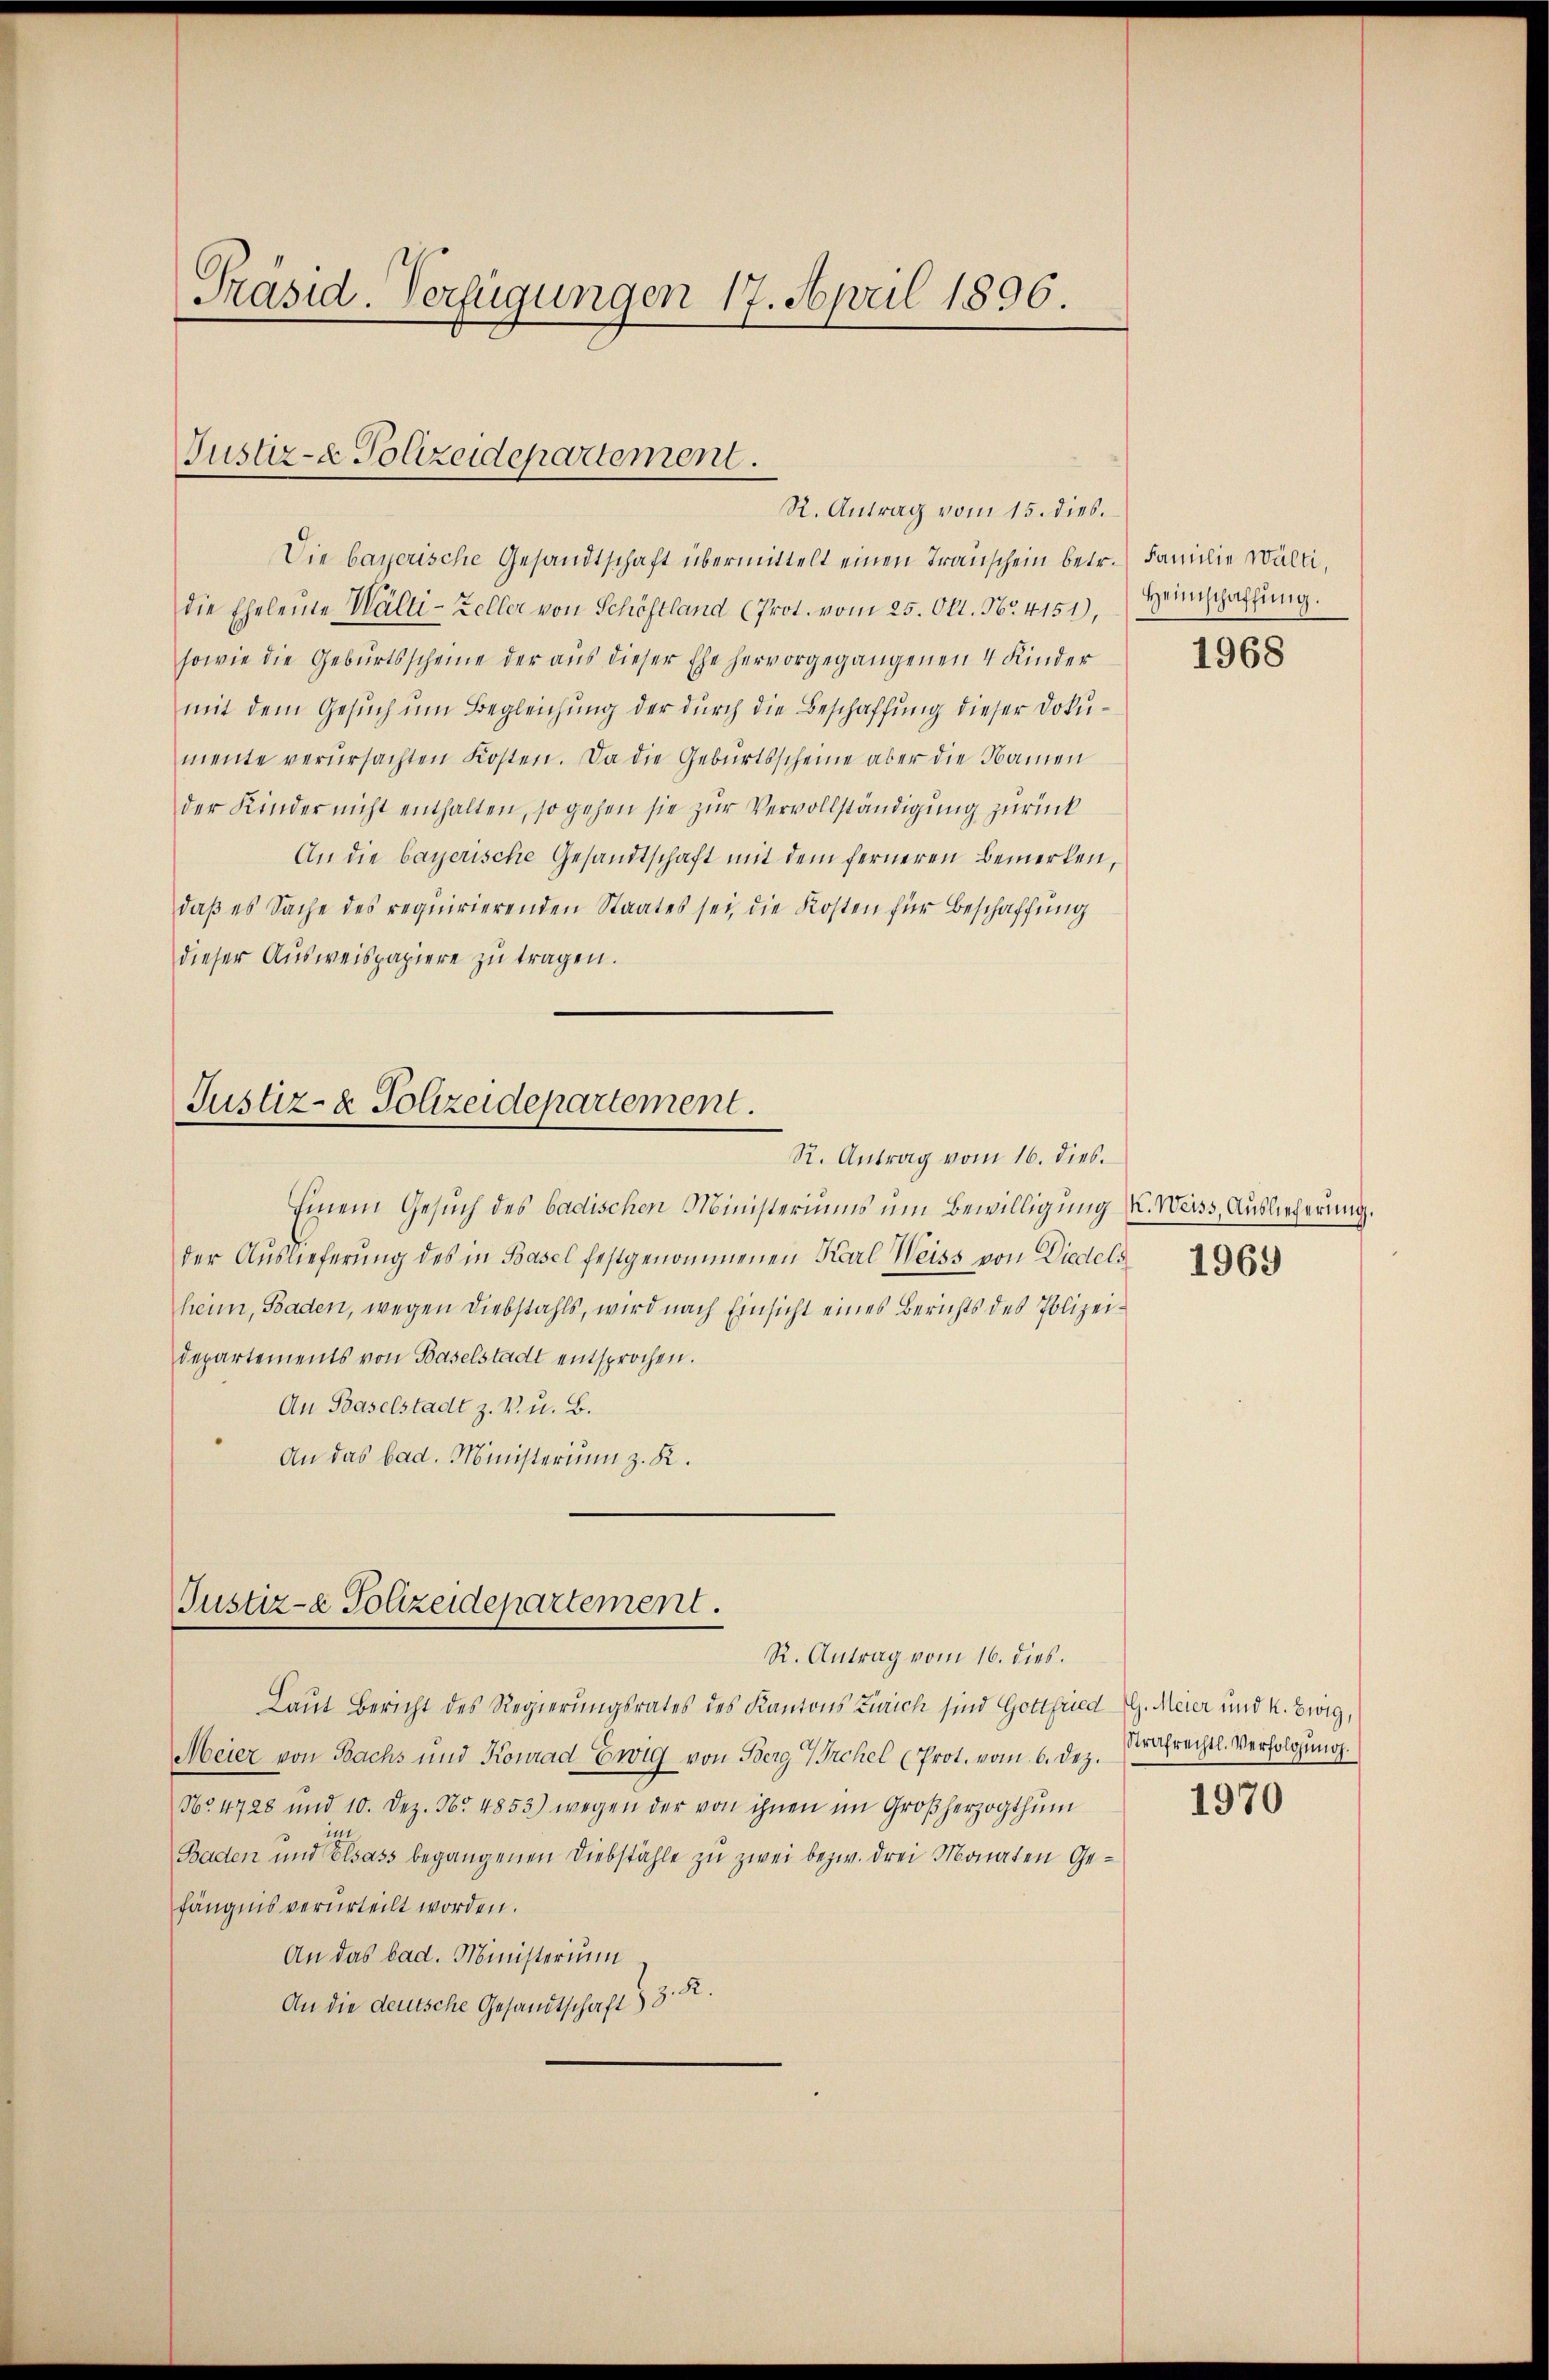
Präsid. Verfügungen 17. April 1896.

Justiz- & Polizeidepartement.
R. Antrag vom 15. dies.

Die bayerische Gesandtschaft übermittelt einen Transchein betr. Familie Welti,
die Eheleute Wälti-Zeller von Schöstland (Prot. vom 25. Okt. Nr. 4151),
sowie die Geburtsscheine der aus dieser Ehe hervorgegangenen 4 Kinder
mit dem Gesuch um Begleichung der durch die Beschaffung dieser Dokumente verursachten Kosten. Da die Geburtsscheine aber die Namen
der Kinder nicht enthalten, so gehen sie zur Vervollständigung zurück
An die bayerische Gesandtschaft mit dem ferneren bemerken,
daß es Sache des requirierenden Staates sei, die Kosten für Beschaffung
dieser Ausweispapiere zu tragen.

Justiz- & Polizeidepartement.
R. Antrag vom 16. dies.

Einem Gesuch des badischen Ministeriums um Bewilligung . Weiss, Auslieferung.
der Auslieferung des in Basel festgenommenen Karl Weiss von Diedels
heim, Baden, wegen Diebstahls, wird nach Einsicht eines Berichts des Polizeidepartements von Baselstadt entsprochen.
An Baselstadt z. B. u. B.
An das bad. Ministerium z. K.

Justiz- & Polizeidepartement.
R. Antrag vom 16. dies.

Laut Bericht des Regierungsrates des Kantons Zürich sind Gottfried G. Meier und k. Ewig,
Meier von Bachs und Konrad Ewig von Berg Irchel (Prot. vom 6. Dez.
No. 4728 und 10. Dez. Nr. 4853) wegen der von ihnen im Großherzogthum
Baden und Elsass begangenen Diebstähle zu zwei bezw. drei Monaten Gefängnis verurteilt worden.
An das bad. Ministerium
An die deutsche Gesandtschaft & 3. R.

Heimschaffung.

1968

1969

Strafrechtl. Verfolgung.

1970